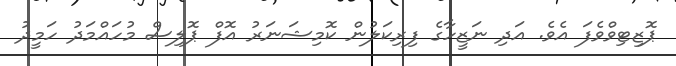
ޕޮޒިޓިވްވެފަ އެވެ. އަދި ނަޒީހާގެ ފިރިކަލުން ކޮމިޝަނަރު އޮފް ޕޮލިސް މުހައްމަދު ހަމީދު